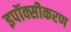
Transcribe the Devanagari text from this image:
इपॉक्सीकरण